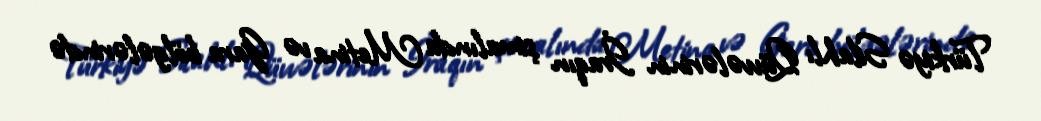
Türkiyə Silahlı Qüvvələrinin İraqın şimalında Metina və Gara bölgələrində